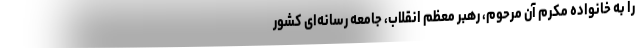
را به خانواده مکرم آن مرحوم، رهبر معظم انقلاب، جامعه رسانه‌ای کشور